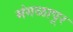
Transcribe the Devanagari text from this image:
मंगळापूर